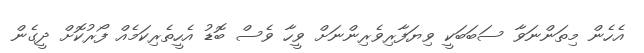
އެހެން މިތަންނަވާ ސަބަބަކީ ވިޔަފާރިވެރިންނަށް ވީހާ ވެސް ބޮޑު އެހީތެރިކަމެއް ފޯރުކޮށް ދީގެން